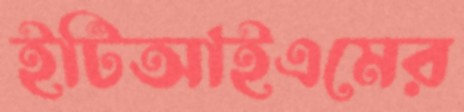
ইটিআইএমের